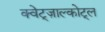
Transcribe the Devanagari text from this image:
क्वेट्ज़ाल्कोट्ल